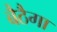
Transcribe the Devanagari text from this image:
बैठैगा